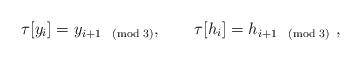
LaTeX: \begin{align*}\tau [y_{i}]=y_{i+1\pmod 3},\qquad \tau [h_{i}]=h_{i+1\pmod 3}\ ,\end{align*}